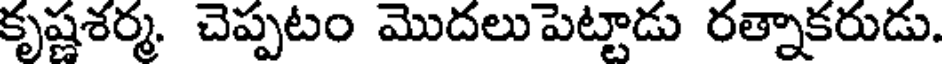
కృష్ణశర్మ. చెప్పటం మొదలుపెట్టాడు రత్నాకరుడు.